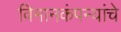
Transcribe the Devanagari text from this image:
विमानकंपन्यांचे